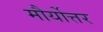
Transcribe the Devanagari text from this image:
मौर्योत्तर